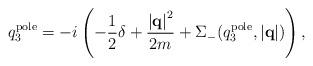
LaTeX: \begin{align*}q_3^{\rm pole} = -i \left(-\frac{1}{2}\delta + \frac{\left|{\bf q}\right|^2}{2m} + \Sigma_-(q_3^{\rm pole},\left|{\bf q}\right|) \right), \end{align*}